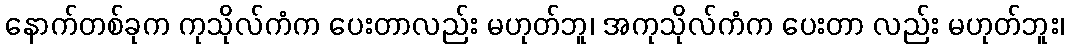
နောက်တစ်ခုက ကုသိုလ်ကံက ပေးတာလည်း မဟုတ်ဘူ၊ အကုသိုလ်ကံက ပေးတာ လည်း မဟုတ်ဘူး၊